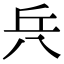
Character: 𠔊